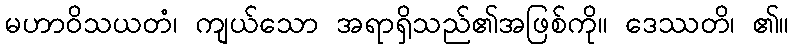
မဟာဝိသယတံ၊ ကျယ်သော အရာရှိသည်၏အဖြစ်ကို။ ဒေဿတိ၊ ၏။